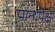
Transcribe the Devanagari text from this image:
पानापेक्षा